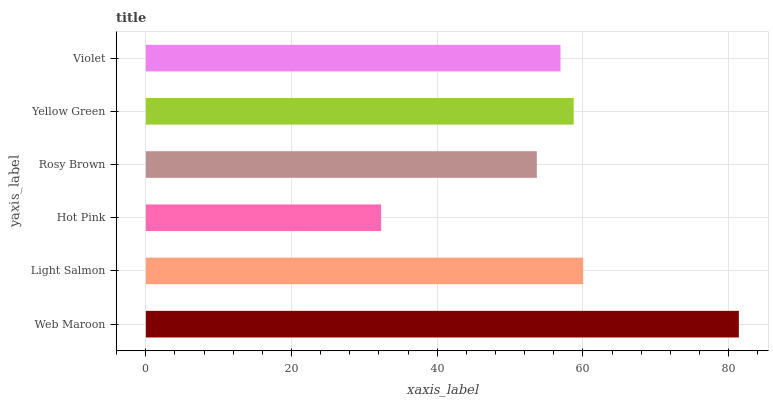
| yaxis_label | bars |
 | --- | --- |
 | Web Maroon | 81.4 |
 | Light Salmon | 60 |
 | Hot Pink | 32.3 |
 | Rosy Brown | 53.7 |
 | Yellow Green | 58.7 |
 | Violet | 56.9 |